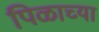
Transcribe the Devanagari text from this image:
पिळाच्या